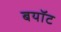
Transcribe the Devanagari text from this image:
बयॉट